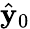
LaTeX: \hat{\mathbf{y}}_{0}